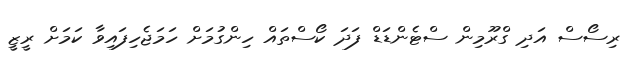
ރިސޯސް އަދި ގްރޫމިން ސްޓެންޑަޑް ފަދަ ކޯސްތައް ހިންގުމަށް ހަމަޖެހިފައިވާ ކަމަށް ރީޒީ